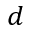
d